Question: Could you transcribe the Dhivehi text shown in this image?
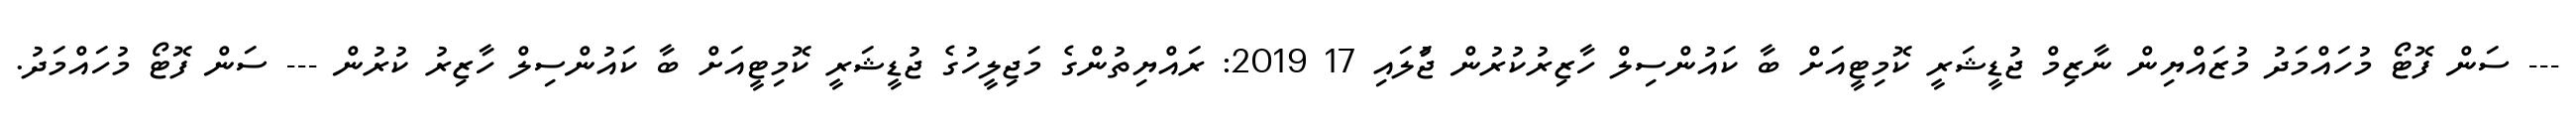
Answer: --- ސަން ފޮޓޯ މުހައްމަދު މުޒައްޔިން ނާޒިމް ޖުޑީޝަރީ ކޮމިޓީއަށް ބާ ކައުންސިލް ހާޒިރުކުރުން ޖުަލައި 17 2019: ރައްޔިތުންގެ މަޖިލީހުގެ ޖުޑީޝަރީ ކޮމިޓީއަށް ބާ ކައުންސިލް ހާޒިރު ކުރުން --- ސަން ފޮޓޯ މުހައްމަދު.